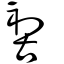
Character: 𠸗